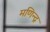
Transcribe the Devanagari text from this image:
मणिन्द्र